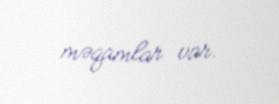
məqamlar var.